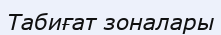
Табиғат зоналары